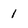
Character: 1